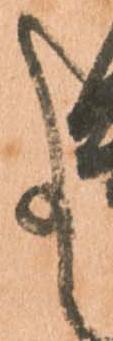
事